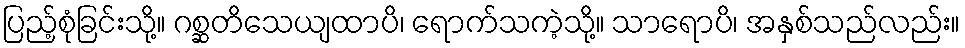
ပြည့်စုံခြင်းသို့။ ဂစ္ဆတိသေယျထာပိ၊ ရောက်သကဲ့သို့။ သာရောပိ၊ အနှစ်သည်လည်း။